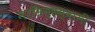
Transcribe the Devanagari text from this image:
नरसिम्हस्वामी